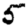
Digit: 5